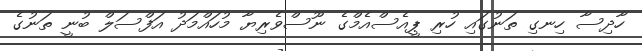
ހާދިސާ ހިނގި ތަނުގައި ހުރި ޕީއެސްއެމްގެ ނޫސްވެރިޔާ މުހައްމަދު އަފްސަލް ބުނީ ތަނުގެ